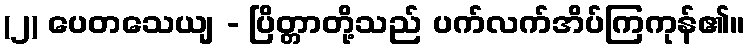
(၂) ပေတသေယျ - ပြိတ္တာတို့သည် ပက်လက်အိပ်ကြကုန်၏။